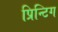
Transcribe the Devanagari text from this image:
प्रिन्टिग